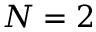
N = 2